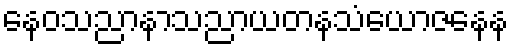
နေဝသညာနာသညာယတနသံယောဇနေန